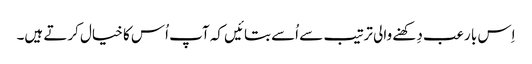
اِس با رعب دِکھنے والی ترتیب سے اُسے بتائیں کہ آپ اُس کا خیال کرتے ہیں۔